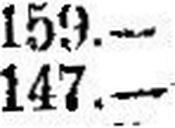
147.—